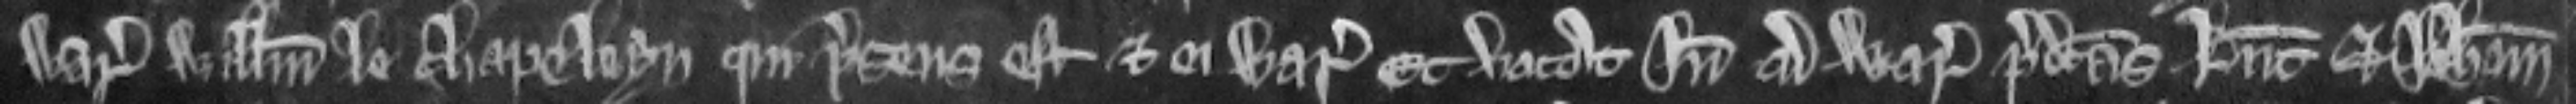
warantum Willelmum le Chapeleyn qui presens est et ei warantizat Et vocat inde ad warantum predictas Luciam et Johannam